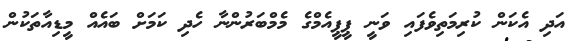
އަދި އެކަން ކުރިމަތިވެފައި ވަނީ ޕީޕީއެމްގެ މެމްބަރުންނާ ހެދި ކަމަށް ބައެއް މީޑިއާތަކުން